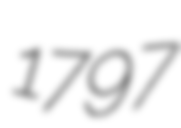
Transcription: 1797